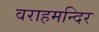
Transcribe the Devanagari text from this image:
वराहमन्दिर